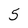
Character: 5